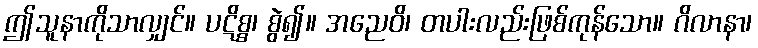
ဤသူနာကိုသာလျှင်။ ပဋိစ္စ၊ စွဲ၍။ အညေဝိ၊ တပါးလည်းဖြစ်ကုန်သော။ ဂိလာနာ၊